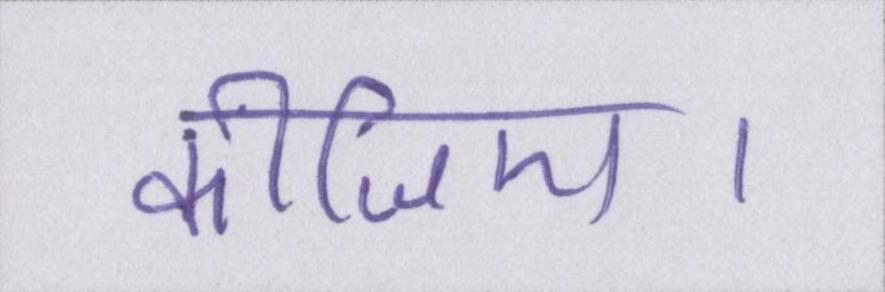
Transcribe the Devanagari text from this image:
कीजिए।